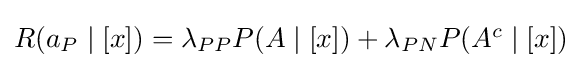
\textstyle R(a_{P}\mid [x])=\lambda _{PP}P(A\mid [x])+\lambda _{PN}P(A^{c}\mid [x])